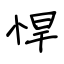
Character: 悍